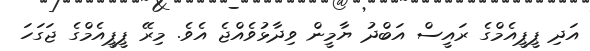
އަދި ޕީޕީއެމްގެ ރައީސް އަބްދު ޔާމީން ވިދާޅުވެއްޖެ އެވެ. މިރޭ ޕީޕީއެމްގެ ޖަގަހަ